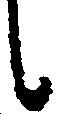
候